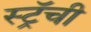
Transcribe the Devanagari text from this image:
स्ट्रॅची